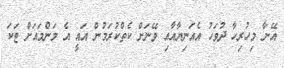
އޭނާ މިހުރިހާ ދުވަހު އެއަނިޔާއާއި ވޭނަށް ކެތްކުރަމުން އައީ އެ މަންމައަށް ޓަކަ